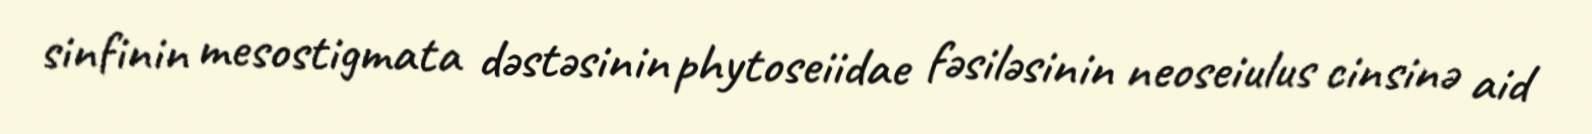
sinfinin mesostigmata dəstəsinin phytoseiidae fəsiləsinin neoseiulus cinsinə aid